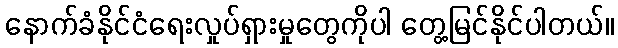
နောက်ခံနိုင်ငံရေးလှုပ်ရှားမှုတွေကိုပါ တွေ့မြင်နိုင်ပါတယ်။